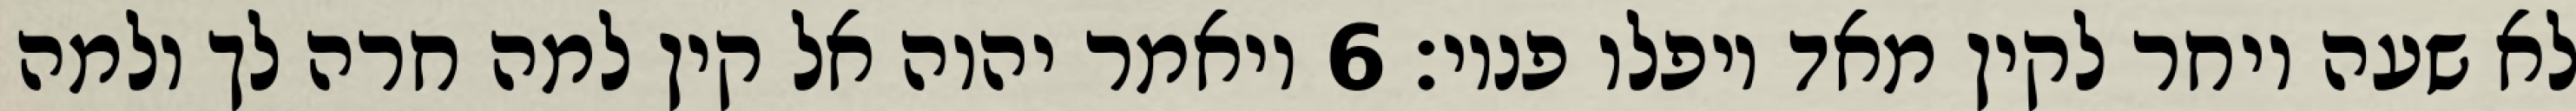
לא שעה ויחר לקין מאד ויפלו פניו׃ ‎6‏ ויאמר יהוה אל קין למה חרה לך ולמה